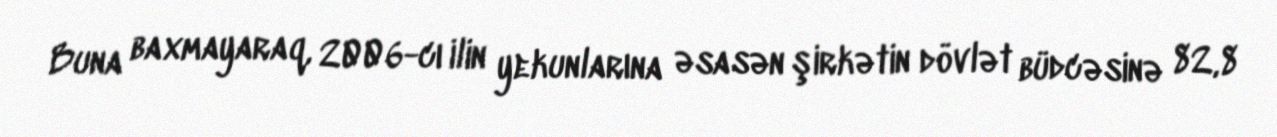
Buna baxmayaraq, 2006-cı ilin yekunlarına əsasən şirkətin dövlət büdcəsinə 82,8